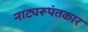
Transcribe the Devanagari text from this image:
नाट्यरूपंतकार